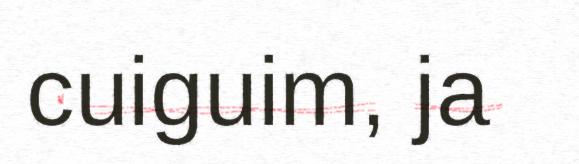
cuiguim, ja